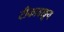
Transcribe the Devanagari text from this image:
टीकावाङ्मय